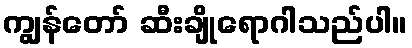
ကျွန်တော် ဆီးချိုရောဂါသည်ပါ။